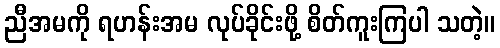
ညီအမကို ရဟန်းအမ လုပ်ခိုင်းဖို့ စိတ်ကူးကြပါ သတဲ့။